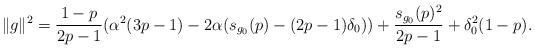
LaTeX: \begin{align*} \|g\|^2= \frac{1-p}{2p-1} (\alpha^2 (3p-1)-2\alpha (s_{g_0}(p)-(2p-1)\delta_0))+\frac{s_{g_0}(p)^2}{2p-1}+\delta_0^2(1-p). \end{align*}